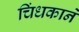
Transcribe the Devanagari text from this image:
चिंधकाने